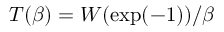
T ( \beta ) = { W ( \exp ( - 1 ) ) } / { \beta }